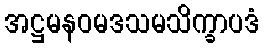
အဋ္ဌမနဝမဒသမသိက္ခာပဒံ